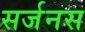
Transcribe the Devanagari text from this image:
सर्जनस